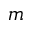
m